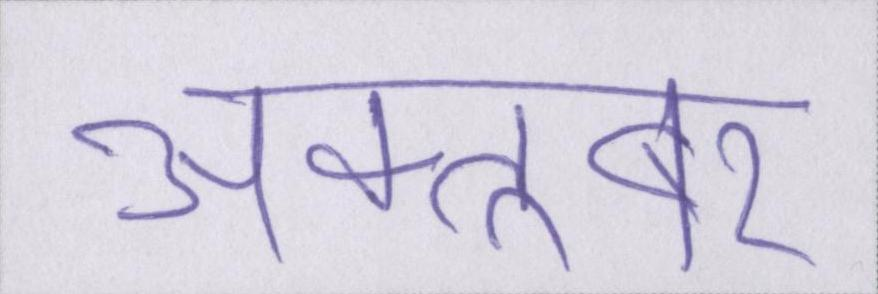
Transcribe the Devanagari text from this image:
अक्तूबर